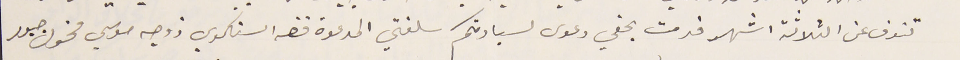
تنوف عن الثلاثة اشهر قدمت بحقي دعوى لسيادتكم سلفتي المدعوة فضه السنكري زوجه موسي مخول جبور